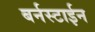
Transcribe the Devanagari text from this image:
बर्नस्टाईन